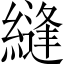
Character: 縫